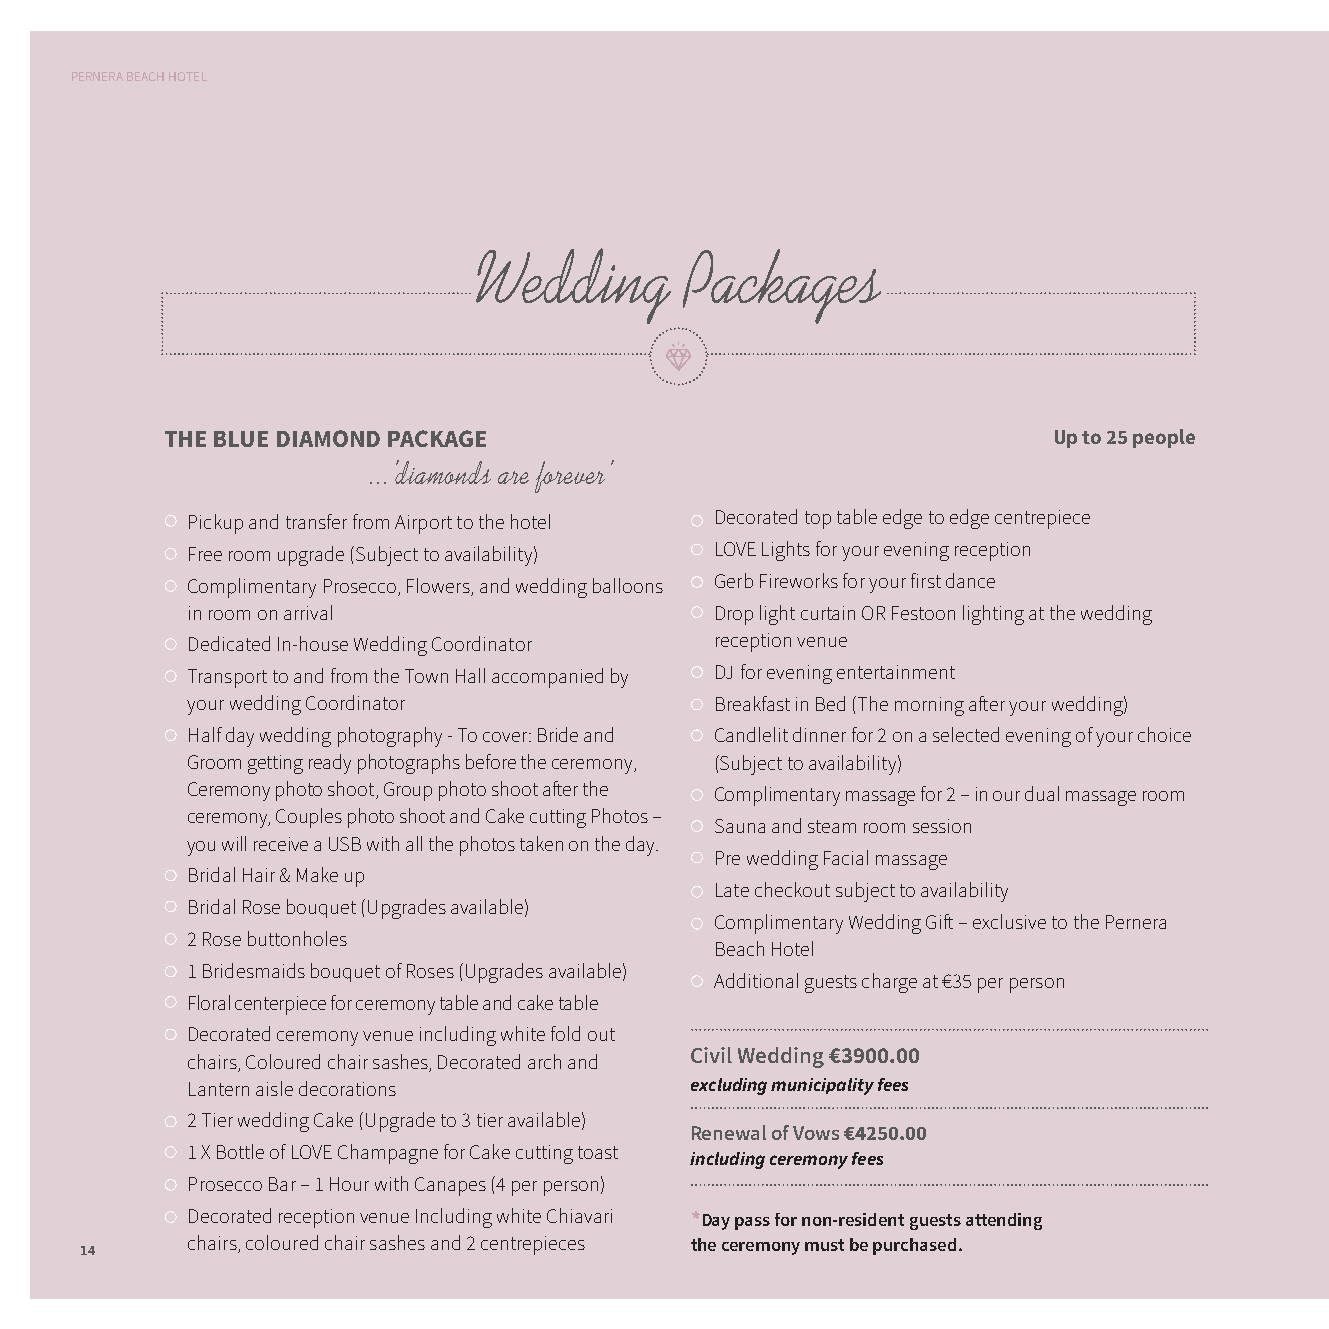
PERNERA BEACH HOTEL
 Wedding       Packages
 THE BLUE DIAMOND PACKAGE                                   Up to 25 people
 ...’diamonds are forever’
 Pickup and transfer from Airport to the hotel Decorated top table edge to edge centrepiece
 Free room upgrade (Subject to availability) LOVE Lights for your evening reception
 Complimentary Prosecco, Flowers, and wedding balloons Gerb Fireworks for your first dance
 in room on arrival                 Drop light curtain OR Festoon lighting at the wedding
 Dedicated In-house Wedding Coordinator reception venue
 Transport to and from the Town Hall accompanied by DJ for evening entertainment
 your wedding Coordinator           Breakfast in Bed (The morning aft er your wedding)
 Half day wedding photography - To cover: Bride and Candlelit dinner for 2 on a selected evening of your choice
 Groom getting ready photographs before the ceremony, (Subject to availability)
 Ceremony photo shoot, Group photo shoot aft er the Complimentary massage for 2 – in our dual massage room
 ceremony, Couples photo shoot and Cake cutting Photos –
 Sauna and steam room session
 you will receive a USB with all the photos taken on the day.
 Pre wedding Facial massage
 Bridal Hair & Make up
 Late checkout subject to availability
 Bridal Rose bouquet (Upgrades available)
 Complimentary Wedding Gift – exclusive to the Pernera
 2 Rose buttonholes
 Beach Hotel
 1 Bridesmaids bouquet of Roses (Upgrades available)
 Additional guests charge at €35 per person
 Floral centerpiece for ceremony table and cake table
 Decorated ceremony venue including white fold out
 Civil Wedding €3900.00
 chairs, Coloured chair sashes, Decorated arch and
 Lantern aisle decorations         excluding municipality fees
 2 Tier wedding Cake (Upgrade to 3 tier available)
 Renewal of Vows €4250.00
 1 X Bottle of LOVE Champagne for Cake cutting toast
 including ceremony fees
 Prosecco Bar – 1 Hour with Canapes (4 per person)
 Decorated reception venue Including white Chiavari *Day pass for non-resident guests attending
 chairs, coloured chair sashes and 2 centrepieces the ceremony must be purchased.
 14